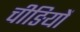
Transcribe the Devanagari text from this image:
चीङियों